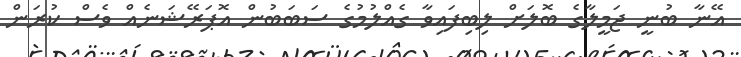
އޭނާ ބުނީ ޖަމީލާގެ ބޮލަށް ލިބިފައިވާ ގެއްލުމުގެ ސަބަބުން އޮޕަރޭޝަނެއް ވެސް ކުރަން